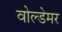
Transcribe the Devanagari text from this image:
वोल्डेमर